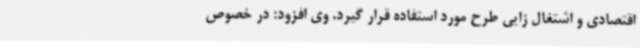
اقتصادی و اشتغال زایی طرح مورد استفاده قرار گیرد. وی افزود: در خصوص